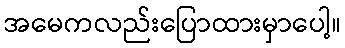
အမေကလည်းပြောထားမှာပေါ့။